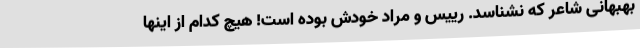
بهبهانیِ شاعر که نشناسد. رییس و مراد خودش بوده است! هیچ کدام از اینها